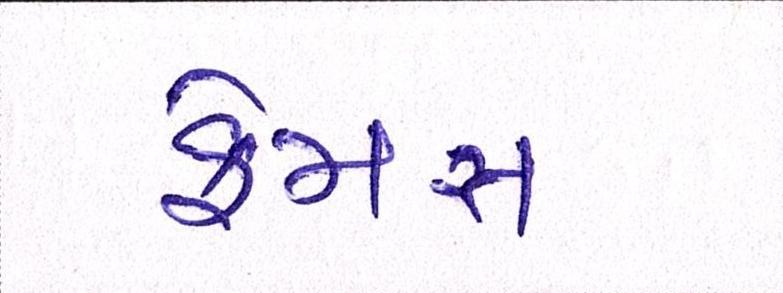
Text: ફેમસ